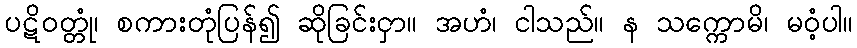
ပဋိဝတ္တုံ၊ စကားတုံပြန်၍ ဆိုခြင်းငှာ။ အဟံ၊ ငါသည်။ န သက္ကောမိ၊ မဝံ့ပါ။